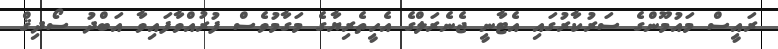
ރައީސް މައުމޫންގެ ސަރުކާރުގައި އެޓާނީ ޖެނެރަލްގެ އެހީތެރިޔާގެ މަގާމުވެސް ފުރުއްވާފައިވާ އަބްދު ސޯދިޤް